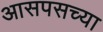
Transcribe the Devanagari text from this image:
आसपसच्या